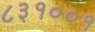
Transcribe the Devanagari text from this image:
८३१००१